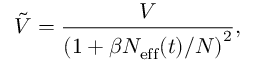
\tilde { V } = \frac { V } { \left( 1 + \beta N _ { \mathrm { e f f } } ( t ) / N \right) ^ { 2 } } ,